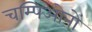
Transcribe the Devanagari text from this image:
चम्पिओनों